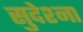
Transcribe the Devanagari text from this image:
सुदेश्ना